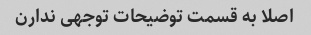
اصلا به قسمت توضیحات توجهی ندارن